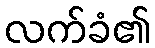
လက်ခံ၏